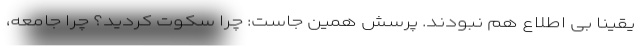
یقیناً بی اطلاع هم نبودند. پرسش همین جاست: چرا سکوت کردید؟ چرا جامعه،